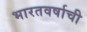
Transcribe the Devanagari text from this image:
भारतवर्षाची